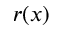
r ( x )